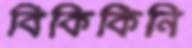
বিকিকিনি